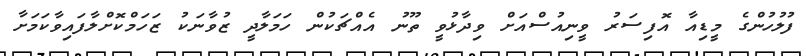
ފުލުހުންގެ މީޑިއާ އޮފިސަރު ވީނިއުސްއަށް ވިދާޅުވީ ތޫނު އެއްޗަކުން ހަމަލާދީ ޒުވާނަކު ޒަހަމްކޮށްލާފައިވާކަމަށާ